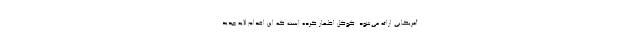
آمریکایی ارائه می‌شود. گوگل اظهار کرده است که این اقدام لایه جدید